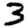
Digit: 3